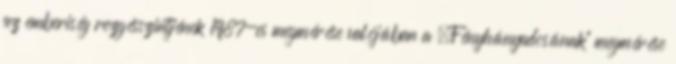
az emberiség rezgésszintjének 1987-es megmérése valójában a „Fényhányadosának” megmérése